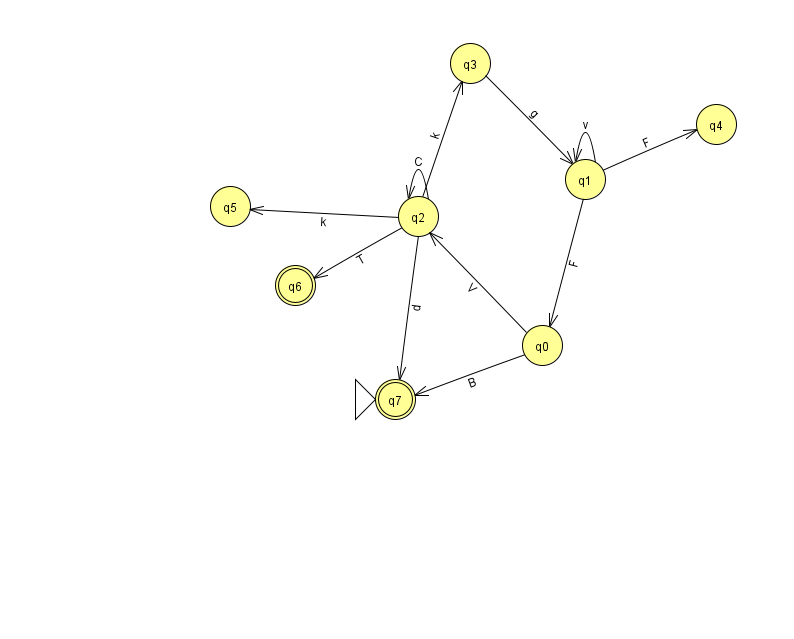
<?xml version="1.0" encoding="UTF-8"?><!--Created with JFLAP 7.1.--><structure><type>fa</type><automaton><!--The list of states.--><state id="0" name="q0"><x>542.0</x><y>332.0</y></state><state id="1" name="q1"><x>585.0</x><y>166.0</y></state><state id="2" name="q2"><x>418.0</x><y>203.0</y></state><state id="3" name="q3"><x>470.0</x><y>50.0</y></state><state id="4" name="q4"><x>716.0</x><y>111.0</y></state><state id="5" name="q5"><x>230.0</x><y>193.0</y></state><state id="6" name="q6"><x>295.0</x><y>272.0</y><final/></state><state id="7" name="q7"><x>395.0</x><y>386.0</y><initial/><final/></state><!--The list of transitions.--><transition><from>1</from><to>4</to><read>F</read></transition><transition><from>2</from><to>2</to><read>C</read></transition><transition><from>0</from><to>7</to><read>B</read></transition><transition><from>1</from><to>1</to><read>v</read></transition><transition><from>1</from><to>0</to><read>F</read></transition><transition><from>2</from><to>3</to><read>k</read></transition><transition><from>2</from><to>7</to><read>d</read></transition><transition><from>2</from><to>6</to><read>T</read></transition><transition><from>2</from><to>5</to><read>k</read></transition><transition><from>3</from><to>1</to><read>g</read></transition><transition><from>0</from><to>2</to><read>V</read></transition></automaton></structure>